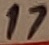
Text: 17